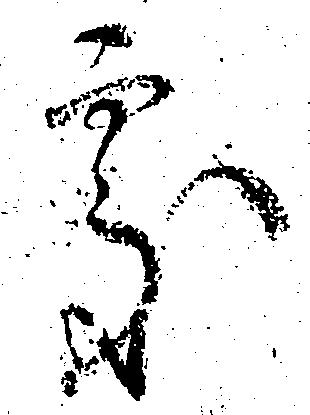
処